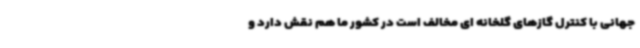
جهانی با کنترل گازهای گلخانه ای مخالف است در کشور ما هم نقش دارد و